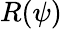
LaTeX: R(\psi)